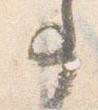
事